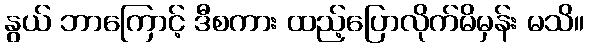
နွယ် ဘာကြောင့် ဒီစကား ထည့်ပြောလိုက်မိမှန်း မသိ။